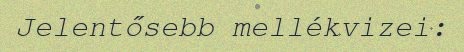
Jelentősebb mellékvizei: